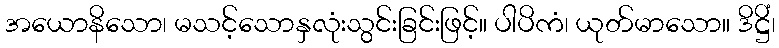
အယောနိသော၊ မသင့်သောနှလုံးသွင်းခြင်းဖြင့်။ ပါပိကံ၊ ယုတ်မာသော။ ဒိဋ္ဌိံ၊